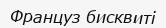
Француз бисквиті